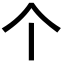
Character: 个